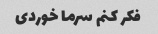
فکر کنم سرما خوردی